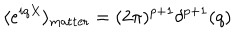
\langle e ^ { i q X } \rangle _ { \mathrm { m a t t e r } } = ( 2 \pi ) ^ { p + 1 } \delta ^ { p + 1 } ( q )